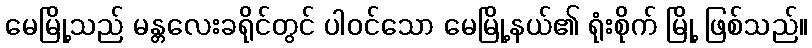
မေမြို့သည် မန္တလေးခရိုင်တွင် ပါဝင်သော မေမြို့နယ်၏ ရုံးစိုက် မြို့ ဖြစ်သည်။